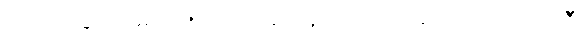
ငြိုငြင်ခြင်း မရှိသဖြင့် ရခြင်းရှိသည်။ အကသိရလာဘီ၊